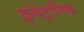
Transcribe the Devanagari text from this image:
इलेट्रानिक